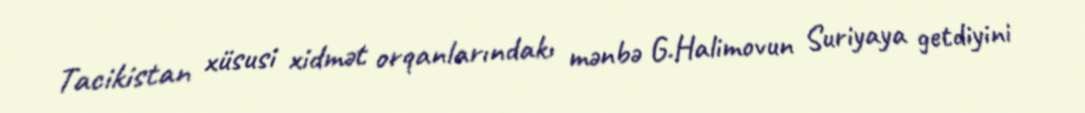
Tacikistan xüsusi xidmət orqanlarındakı mənbə G.Halimovun Suriyaya getdiyini